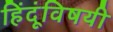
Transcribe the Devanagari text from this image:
हिंदूंविषयी